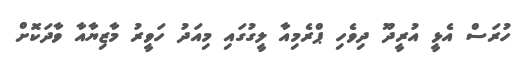
ހުރަސް އެޅީ އުރީދޫ ދިވެހި ޕްރެމިއާ ލީގުގައި މިއަދު ހަވީރު މާޒިޔާއާ ވާދަކޮށް